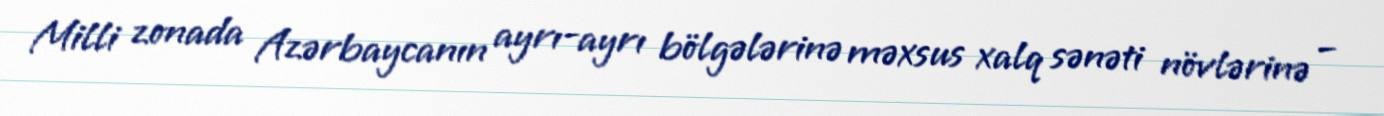
Milli zonada Azərbaycanın ayrı-ayrı bölgələrinə məxsus xalq sənəti növlərinə –